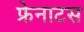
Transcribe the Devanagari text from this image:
फ्रेनाटस